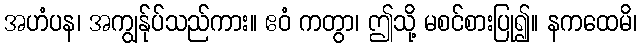
အဟံပန၊ အကျွန်ုပ်သည်ကား။ ဧဝံ ကတွာ၊ ဤသို့ မစင်စားပြု၍။ နကထေမိ၊